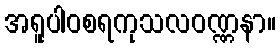
အရူပါဝစရကုသလဝဏ္ဏနာ။